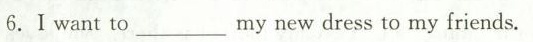
6.Ⅰwant to___my new dress to my friends.